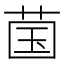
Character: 𬜿